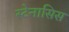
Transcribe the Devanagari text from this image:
स्टेनासिस